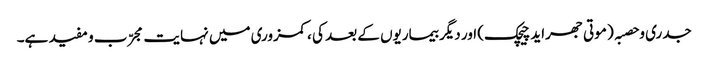
جدری و حصبہ ( موتی جھراید چیچک) اور دیگر بیماریوں کے بعد کی ،کمزوری میں نہایت مجرّب و مفید ہے۔